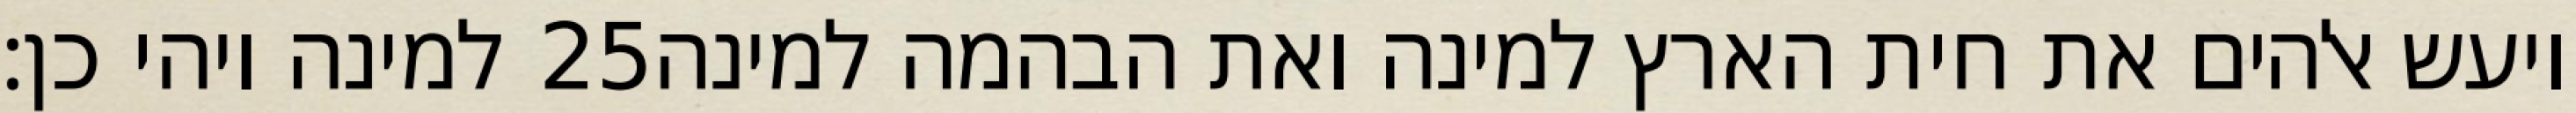
למינה ויהי כן׃ ‎25‏ ויעש אלהים את חית הארץ למינה ואת הבהמה למינה